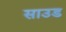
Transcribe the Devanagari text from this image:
साउड